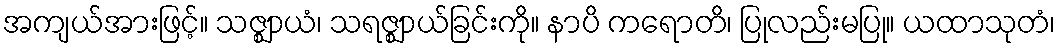
အကျယ်အားဖြင့်။ သဇ္ဈာယံ၊ သရဇ္ဈာယ်ခြင်းကို။ နာပိ ကရောတိ၊ ပြုလည်းမပြု။ ယထာသုတံ၊